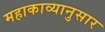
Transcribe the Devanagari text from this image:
महाकाव्यानुसार